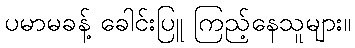
ပမာမခန့် ခေါင်းပြူ ကြည့်နေသူများ။